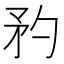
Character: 䂆